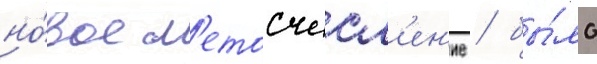
но́вое л'етосчисл'ен'ие / бы́ло